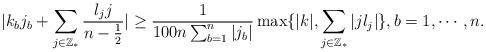
LaTeX: \begin{align*}|k_bj_b+\sum_{j\in\mathbb{Z}_*}\frac{l_jj}{n-\frac12}|\geq \frac{1}{100n\sum_{b=1}^n|j_b|}\max\{|k|,\sum_{j\in\mathbb{Z}_*}|jl_j|\},b=1,\cdots,n.\end{align*}